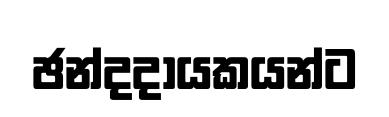
ඡන්දදායකයන්ට